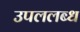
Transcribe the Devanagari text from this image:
उपललब्ध